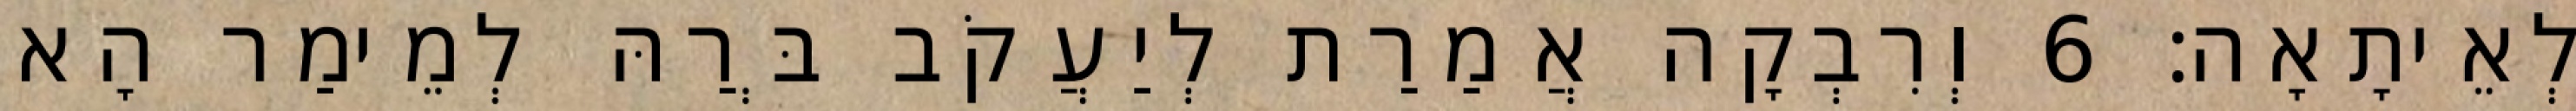
לְאֵיתָאָה׃ 6 וְרִבְקָה אֲמַרַת לְיַעֲקֹב בְּרַהּ לְמֵימַר הָא